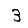
Digit: 3